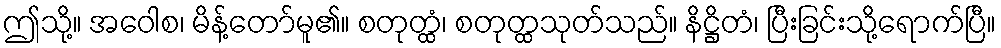
ဤသို့။ အဝေါစ၊ မိန့်တော်မူ၏။ စတုတ္ထံ၊ စတုတ္ထသုတ်သည်။ နိဋ္ဌိတံ၊ ပြီးခြင်းသို့ရောက်ပြီ။